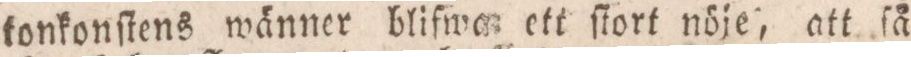
tonkonſtens wänner blifwa ett ſtort nöje, att ſå